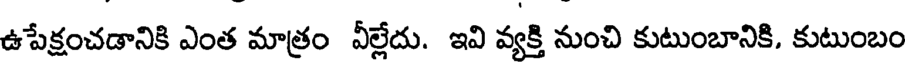
ఉపేక్షంచడానికి ఎంత మాత్రం వీల్లేదు. ఇవి వ్యక్తి నుంచి కుటుంబానికి, కుటుంబం